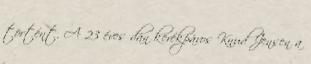
történt. A 23 éves dán kerékpáros Knud Jensen a